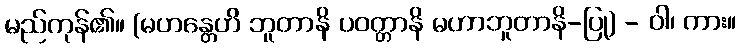
မည်ကုန်၏။ (မဟန္တေဟိ ဘူတာနိ ပဝတ္တာနိ မဟာဘူတာနိ-ပြု) - ဝါ၊ ကား။